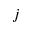
j